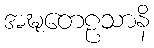
အဍ္ဎတေဠသာနိ